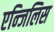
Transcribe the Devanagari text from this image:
एन्जिलिस